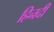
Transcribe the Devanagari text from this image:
हिनदी